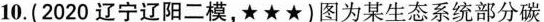
10.(2020辽宁辽阳二模，★★★)图为某生态系统部分碳